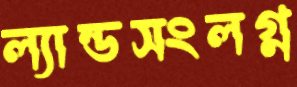
ল্যান্ডসংলগ্ন